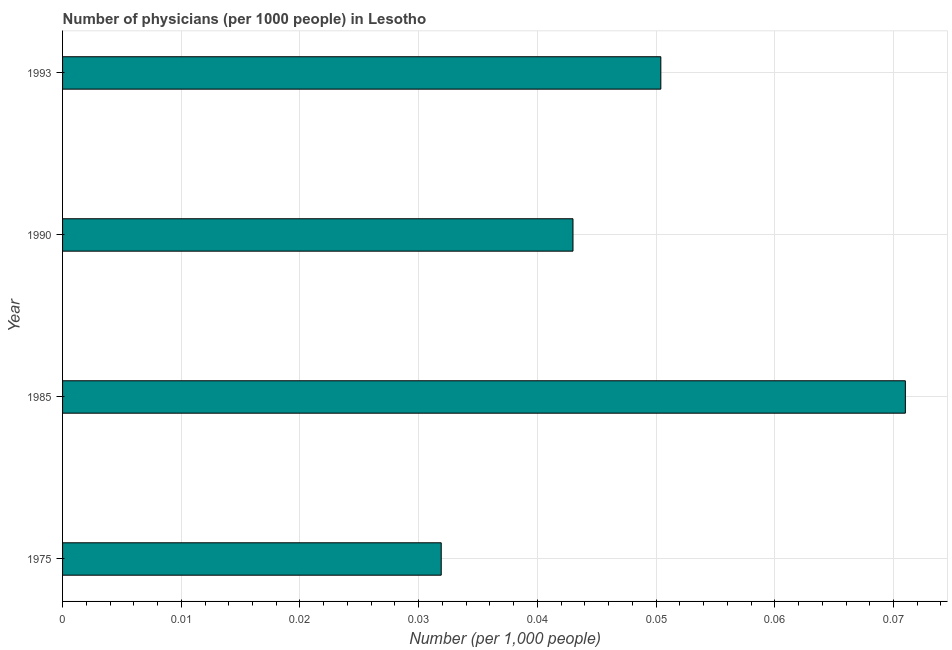
| Year | Physicians |
 | --- | --- |
 | 1975 | 0.0319 |
 | 1985 | 0.071 |
 | 1990 | 0.043 |
 | 1993 | 0.0504 |